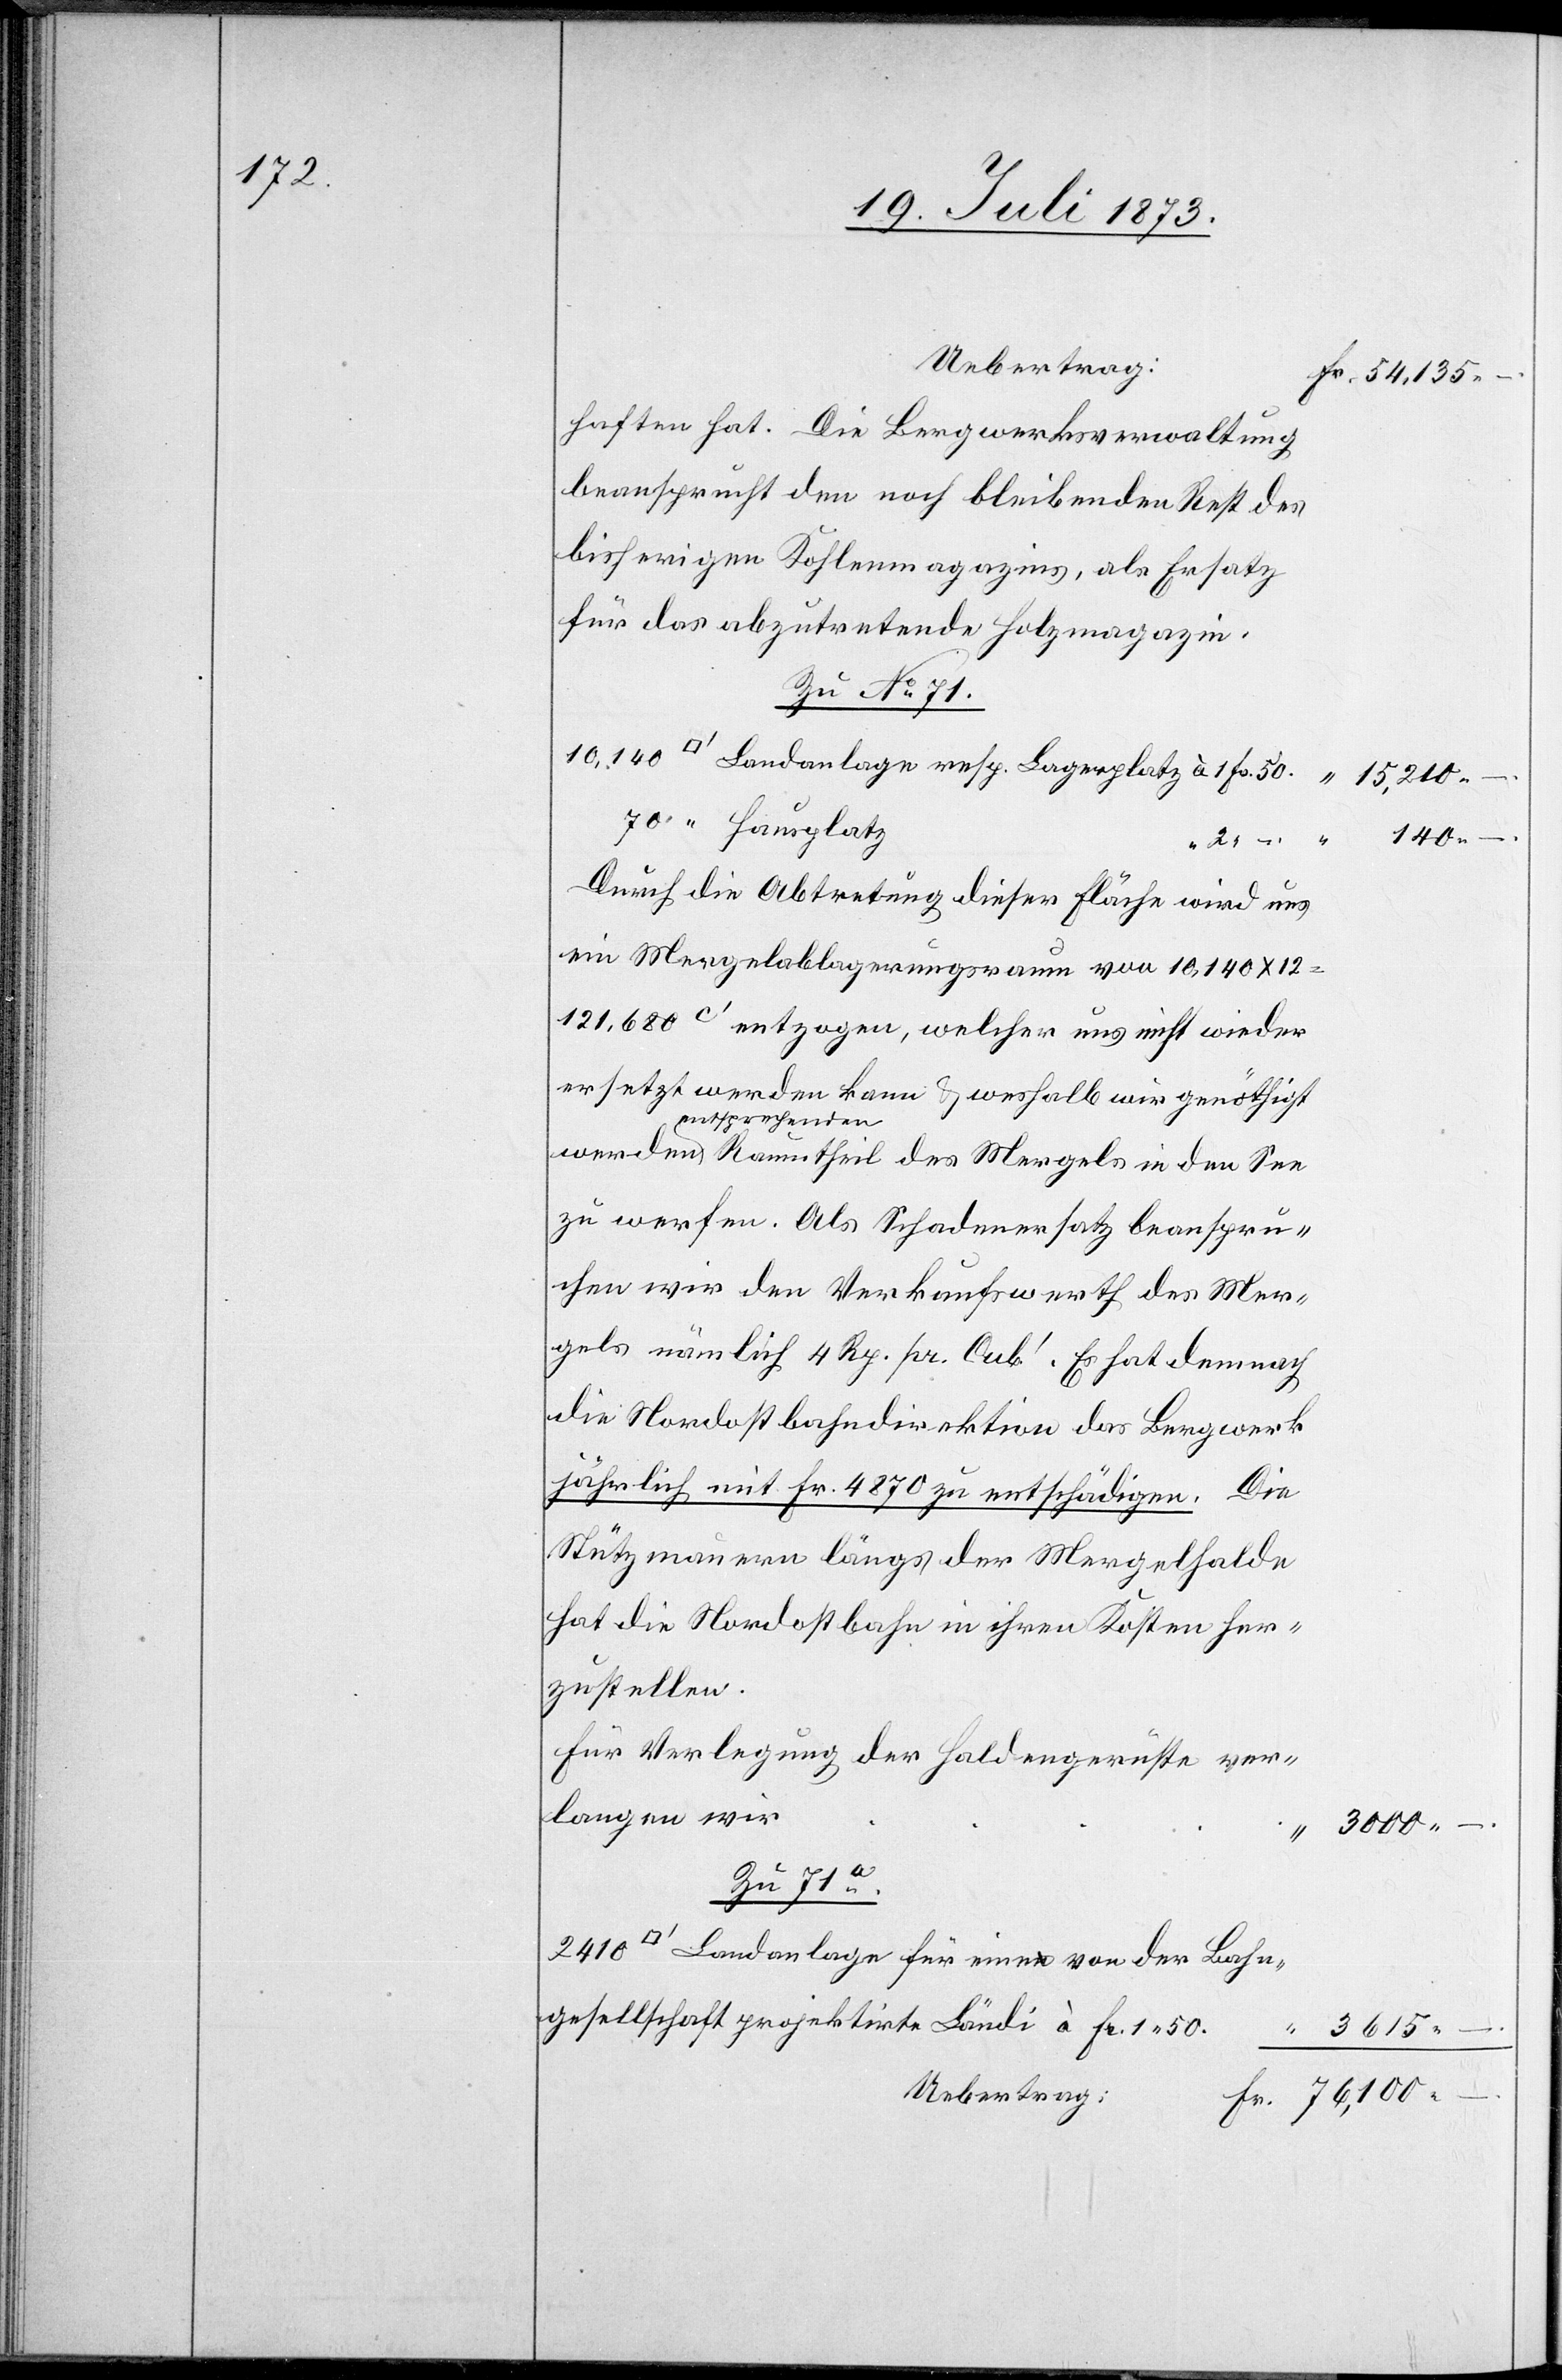
haften hat. Die Bergwerksverwaltung
beansprucht den noch bleibenden Rest des
bisherigen Kohlenmagazins, als Ersatz
für das abzutretende Holzmagazin.
Zu No 71.
70 “ Hausplatz
140 –.
2 “
Durch die Abtretung dieser Fläche wird uns
ein Mergelablagerungsraum von 10,140 x 12
121,680c‘ entzogen, welcher uns nicht wieder
ersetzt werden kann & weshalb wir genöthigt
–.
henden Raumtheil des Mergels in den See
zu werfen. Als Schadenersatz beanspru¬
chen wir den Verkaufswerth des Mer¬
gels nämlich 4 Rp. pr. Cub‘. Es hat demnach
die Nordostbahndirektion das Bergwerk
jährlich mit Fr. 4 870 zu entschädigen. Die
Stützmauern längs der Mergelhalde
hat die Nordostbahn in ihren Kosten her¬
zustellen.
Für Verlegung der Haldengerüste ver¬
langen wir
Zu 71a.
Landanlage für eine von der Bahn¬
gesellschaft projektirte Ländi à Fr. 1 50.
3 615
Uebertrag: